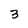
Character: 3